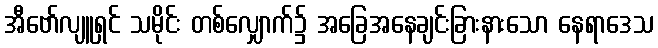
အီဗော်လျူရှင် သမိုင်း တစ်လျှောက်၌ အခြေအနေချင်းခြားနားသော နေရာဒေသ